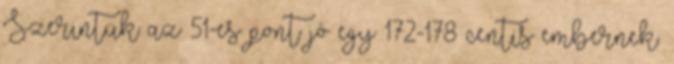
Szerintük az 51-es pont jó egy 172-178 centis embernek.